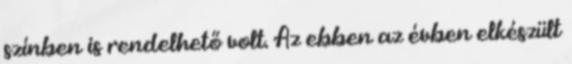
színben is rendelhető volt. Az ebben az évben elkészült